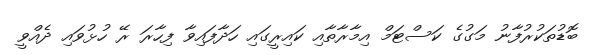
ބޮޑުތަކުރުފާނު މަގުގެ ކަސްޓަމް އިމާރާތާއި ކައިރީގައި ހަދާފައިވާ ފިހާރަ ރޭ ހުޅުވައި ދެއްވީ